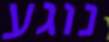
נוגע